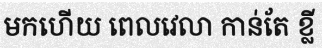
មកហើយ ពេលវេលា កាន់តែ ខ្លី